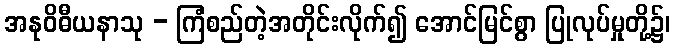
အနုဝိဓီယနာသု - ကြံစည်တဲ့အတိုင်းလိုက်၍ အောင်မြင်စွာ ပြုလုပ်မှုတို့၌၊